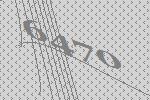
6470